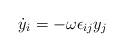
LaTeX: \begin{align*}\dot{y}_i = - \omega\epsilon_{ij} y_j \end{align*}